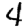
Digit: 4